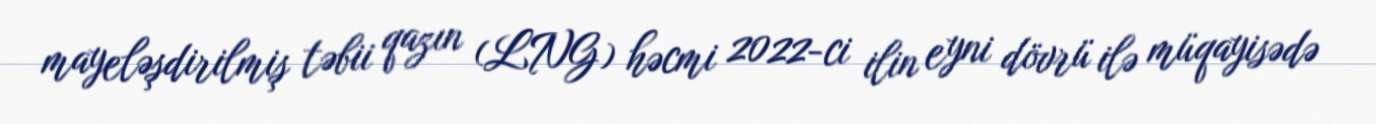
mayeləşdirilmiş təbii qazın (LNG) həcmi 2022-ci ilin eyni dövrü ilə müqayisədə